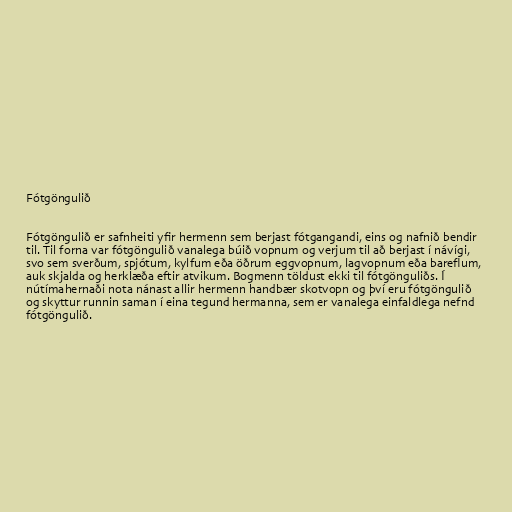
Fótgöngulið

Fótgöngulið er safnheiti yfir hermenn sem berjast fótgangandi, eins og nafnið bendir
til. Til forna var fótgöngulið vanalega búið vopnum og verjum til að berjast í návígi,
svo sem sverðum, spjótum, kylfum eða öðrum eggvopnum, lagvopnum eða bareflum,
auk skjalda og herklæða eftir atvikum. Bogmenn töldust ekki til fótgönguliðs. Í
nútímahernaði nota nánast allir hermenn handbær skotvopn og því eru fótgöngulið
og skyttur runnin saman í eina tegund hermanna, sem er vanalega einfaldlega nefnd
fótgöngulið.